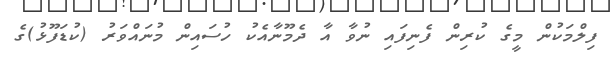
ފިލްމަކުން މީގެ ކުރިން ފެނިފައި ނުވާ އާ ދެމޫނާއެކު ހުސައިން މުނައްވަރު (ކުޑަފޫޅު)ގެ